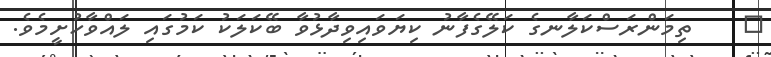
٦    ތިމަންރަސްކަލާނގެ ކަލޭގެފާނު ކިޔަވައިވިދާޅުވާ ބޭކަލަކު ކަމުގައި ލައްވާހުށީމެވެ.